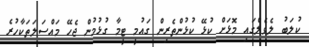
ކުލަބު ލެވެލްގައި މޮޅަށް ކުޅޭ ކުޅުންތެރިން ގައުމީ ޓީމާ ގުުޅުމުން ޖެހޭ މައްސަލަތަކާހުރެ